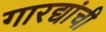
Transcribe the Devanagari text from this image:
गारद्यांची